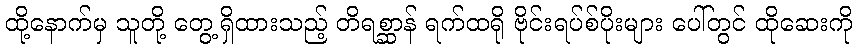
ထို့နောက်မှ သူတို့ တွေ့ရှိထားသည့် တိရစ္ဆာန် ရက်ထရို ဗိုင်းရပ်စ်ပိုးများ ပေါ်တွင် ထိုဆေးကို